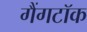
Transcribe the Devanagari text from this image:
गैंगटॉक